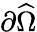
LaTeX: \partial\widehat\Omega